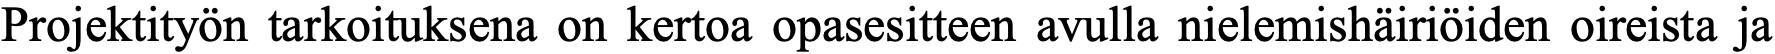
Projektityön tarkoituksena on kertoa opasesitteen avulla nielemishäiriöiden oireista ja